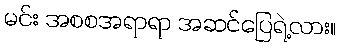
မင်း အစစအရာရာ အဆင်ပြေရဲ့လား။